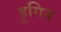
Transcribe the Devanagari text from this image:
हुगिन